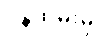
ဝန်ထမ်းမှ